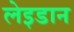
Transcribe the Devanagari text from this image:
लेइडान